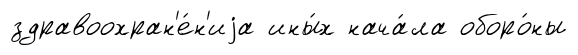
здравоохран'е́н'иjа ины́х нача́ла оборо́ны